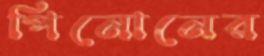
পিনোনের